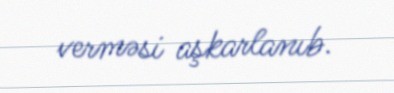
verməsi aşkarlanıb.